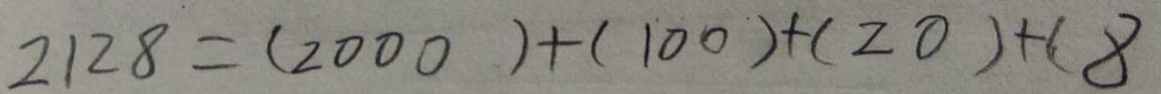
2 1 2 8 = ( 2 0 0 0 ) + ( 1 0 0 ) + ( 2 0 ) + ( 8